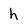
Character: h